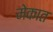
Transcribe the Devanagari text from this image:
मेकात